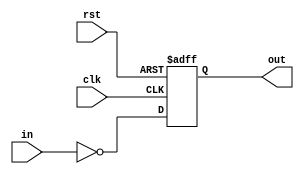
module tdc_1b(
input  rst, clk, in,
output reg out
//debug
//output out_w
);

wire out_w;
//reg  out_r;

//assign out = out_r;

assign out_w = ~in;

always@(posedge clk or negedge rst) begin
	if(!rst) begin
		//out_r <= 1'b0;
		out <= 1'b0;
	end
	else begin
		//out_r <= out_w;
		out <= out_w;
	end
end

endmodule
module tdc_cascade #(parameter T_DEL = `DEL_UNIT) (in, clk, data, in_out, clk_out);
input  in, clk, data;
output in_out, clk_out;

wire #`T_WAIT dtc_in;
wire #`T_WAIT dtc_clk;

assign dtc_in  = in;
assign dtc_clk = clk;

dtc_1b #(.T_DEL(T_DEL)) DTC_IN(.clk(dtc_in), .in(~data), .out(in_out));
dtc_1b #(.T_DEL(T_DEL)) DTC_CLK(.clk(dtc_clk), .in(data), .out(clk_out));

endmodule
module tdc #(
parameter T_DEL = `DEL_UNIT,
parameter N_BIT = 2) (
input  rst, clk, in,
output [N_BIT-1:0] out,
//debug

output [N_BIT-1:0] inner_clk_out,
output [N_BIT-1:0] inner_in_out

);

wire [N_BIT-1:0] inner_clk, inner_in;

//debug

assign inner_clk_out = inner_clk;
assign inner_in_out = ~inner_in;


assign inner_clk[N_BIT-1] = clk;
assign inner_in[N_BIT-1] = in;

genvar i;
generate
for(i = 0; i != N_BIT; i = i+1) begin: tdc
	tdc_1b BIT(.rst(rst), .clk(inner_clk[i]), .in(inner_in[i]), .out(out[i]));
end
endgenerate

generate
for(i = 0; i != N_BIT-1; i = i+1) begin: cascade
	tdc_cascade #(.T_DEL((1<<i)*T_DEL)) CAS (.in(inner_in[i+1]), .clk(inner_clk[i+1]), .data(out[i+1]),
	.in_out(inner_in[i]), .clk_out(inner_clk[i]));
end
endgenerate

endmodule